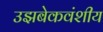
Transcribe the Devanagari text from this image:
उझबेकवंशीय